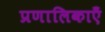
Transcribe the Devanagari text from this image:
प्रणालिकाएँ